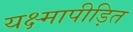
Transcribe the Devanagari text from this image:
यक्ष्मापीड़ित